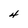
Character: 4